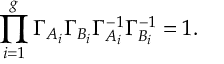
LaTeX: \prod _ { i = 1 } ^ { g } \Gamma _ { A _ { i } } \Gamma _ { B _ { i } } \Gamma _ { A _ { i } } ^ { - 1 } \Gamma _ { B _ { i } } ^ { - 1 } = 1 .